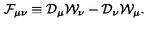
{ \cal F } _ { \mu \nu } \equiv { \cal D } _ { \mu } { \cal W } _ { \nu } - { \cal D } _ { \nu } { \cal W } _ { \mu } .